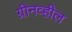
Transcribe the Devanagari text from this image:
ग्रीनव्हील